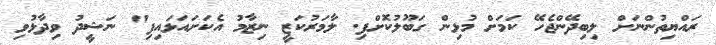
ރައްޔިތުންނަށް ލިބިދޭންޖެހޭ ކަމަށް މުޅިން ގަބޫލުކޮށްފި. ލާމަރުކަޒީ ނިޒާމު އެކަށައަޅައިފި" ނަޝީދު ވިދާޅުވި